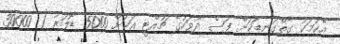
އެކަމަކު ގާތްގަނޑަކަށް ފަސް ދުވަހުގެ ޗުއްޓީ އަކަށް 5000 ޑޮލަރު ( 30000